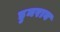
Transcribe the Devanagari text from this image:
डुमराव